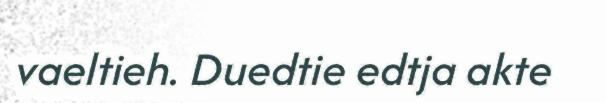
vaeltieh. Duedtie edtja akte